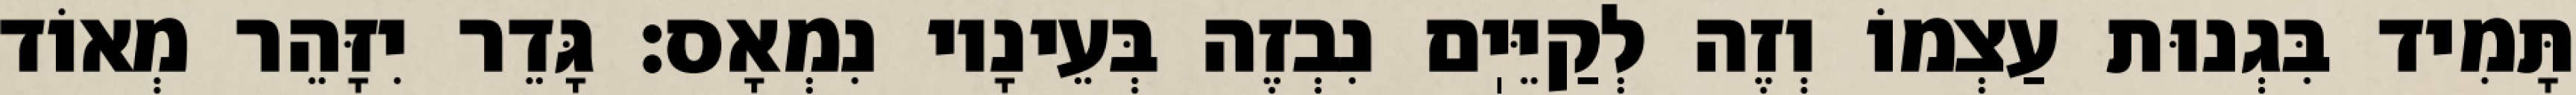
תָּמִיד בִּגְנוּת עַצְמוֹ וְזֶה לְקַיֵּיֽם נִבְזֶה בְּעֵינָיו נִמְאָס: גָּדֵר יִזָּהֵר מְאוֹד